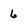
Character: 6